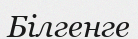
Білгенге